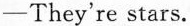
—They're stars.